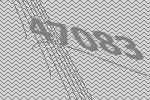
47083